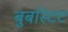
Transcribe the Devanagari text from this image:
बुबस्टिट